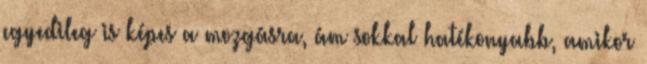
egyedileg is képes a mozgásra, ám sokkal hatékonyabb, amikor